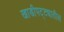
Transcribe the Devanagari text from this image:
खाडीपट्ट्यातील